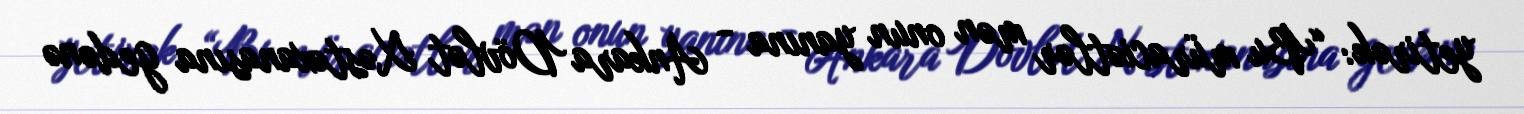
yetirək: “Bu müraciətlər mən onun yanına - Ankara Dövlət Xəstəxanasına gedənə